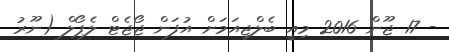
- 17 ޖޫން 2016 މިއީ ބެލްޖިއަމަށް އުފަން ޖޯޖެޓް ލެޕޯލް (ނޫރު